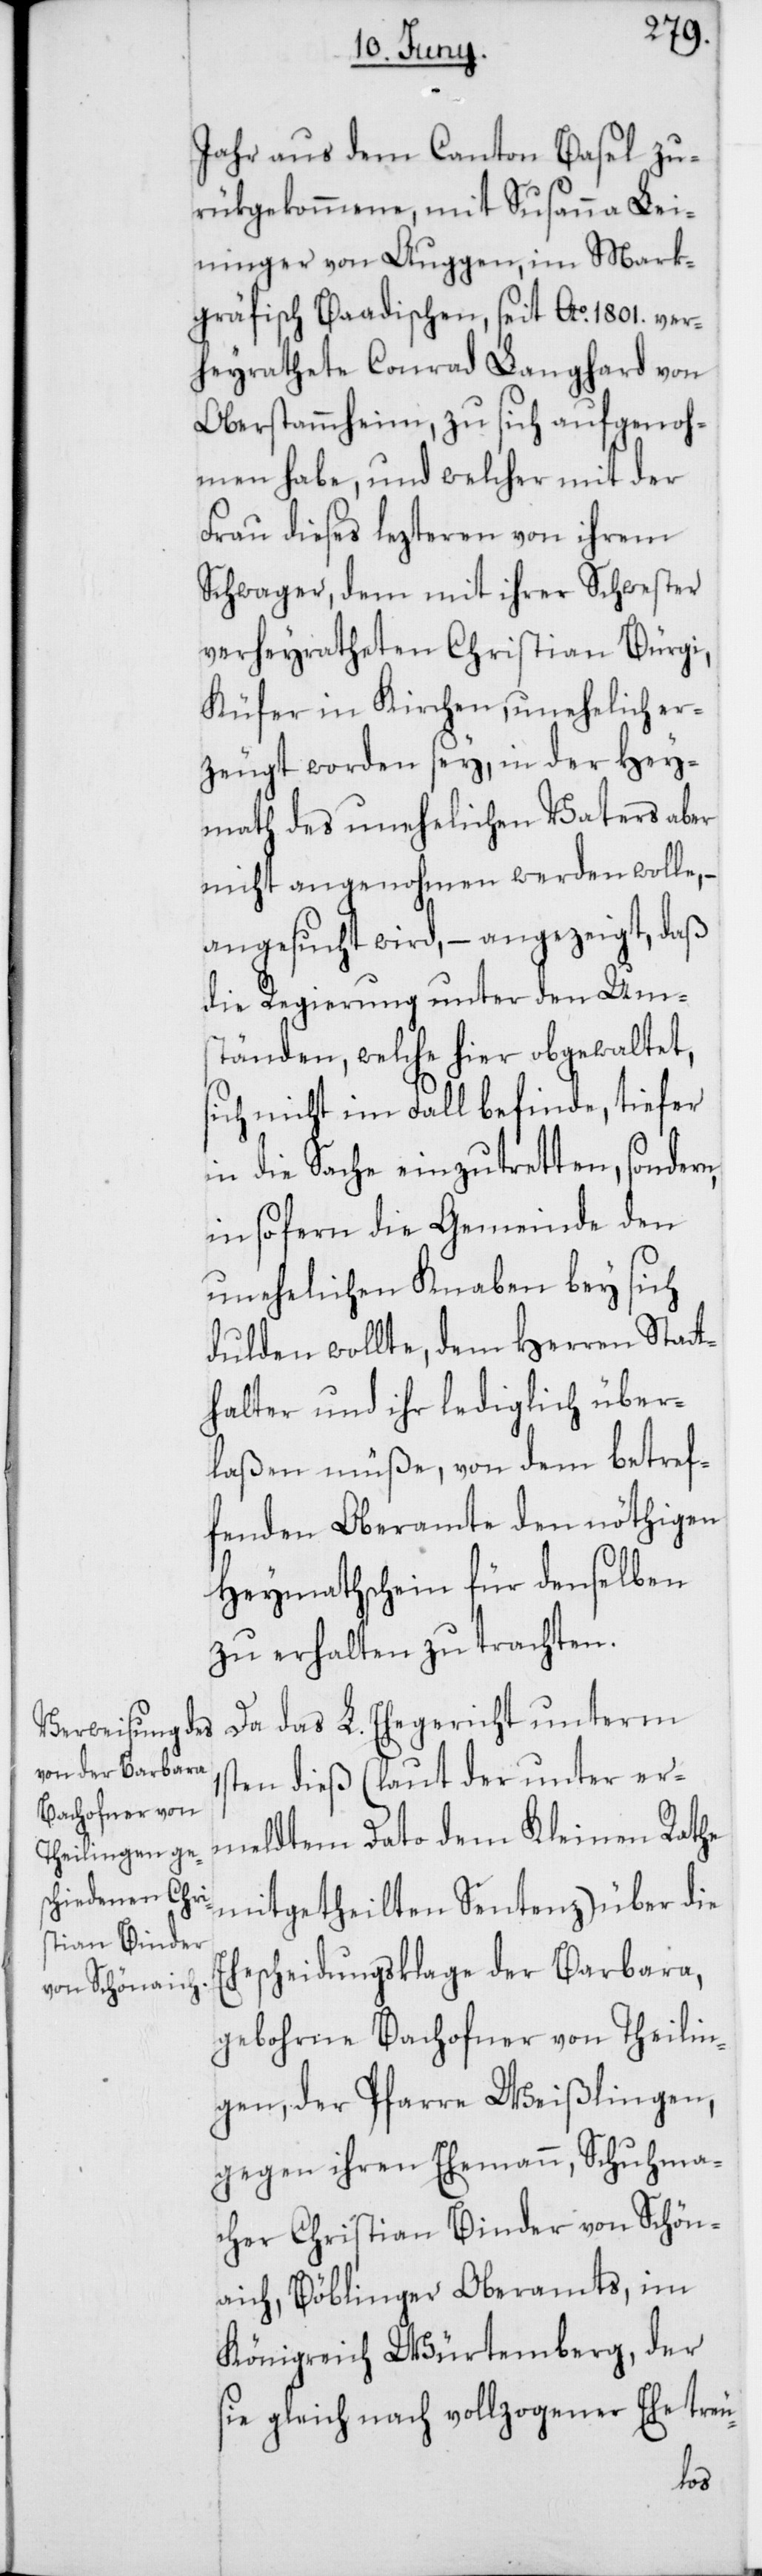
Jahr aus dem Canton Basel zu¬
rükgekommene, mit Susanna Lei¬
ninger von Auggen im Mark¬
gräfisch Baadischen, seit Ao 1801. ver¬
heyrathete Conrad Langhard von
Oberstammheim, zu sich aufgenoh¬
men habe, und welcher mit der
Frau dieses lezteren von ihrem
Schwager, dem mit ihrer Schwester
verheyratheten Christian Bürgi,
Küfer in Kirchen, unehelich er¬
zeugt worden sey, in der Hey¬
math des unehelichen Vaters aber
nicht angenohmen werden wolle, –
angesucht wird, – angezeigt, daß
die Regierung unter den Um¬
ständen, welche hier obwaltet,
sich nicht im Fall befinde, tiefer
in die Sache einzutretten, sondern,
insofern die Gemeinde den
unehelichen Knaben bey sich
dulden wollte, dem Herren Stat¬
halter und ihr lediglich über¬
laßen müße, von dem betref¬
fenden Oberamte den nöthigen
Heymathschein für denselben
zu erhalten zu trachten.
Da das L. Ehegericht unterm
ten dieß (laut der unter er¬
meldtem Dato dem Kleinen Rathe
mitgetheilten Sentenz) über die
escheidungsklage der Barbara,
gebohrne Bachofner von Theilin¬
gen, der Pfarre Weißlingen,
gegen ihren Ehemann, Schuhma¬
cher Christian Binder von Schön¬
aich, Böblinger Oberamts im
Königreich Würtemberg, der
sie gleich nach vollzogener Ehe treu-
Eh¬